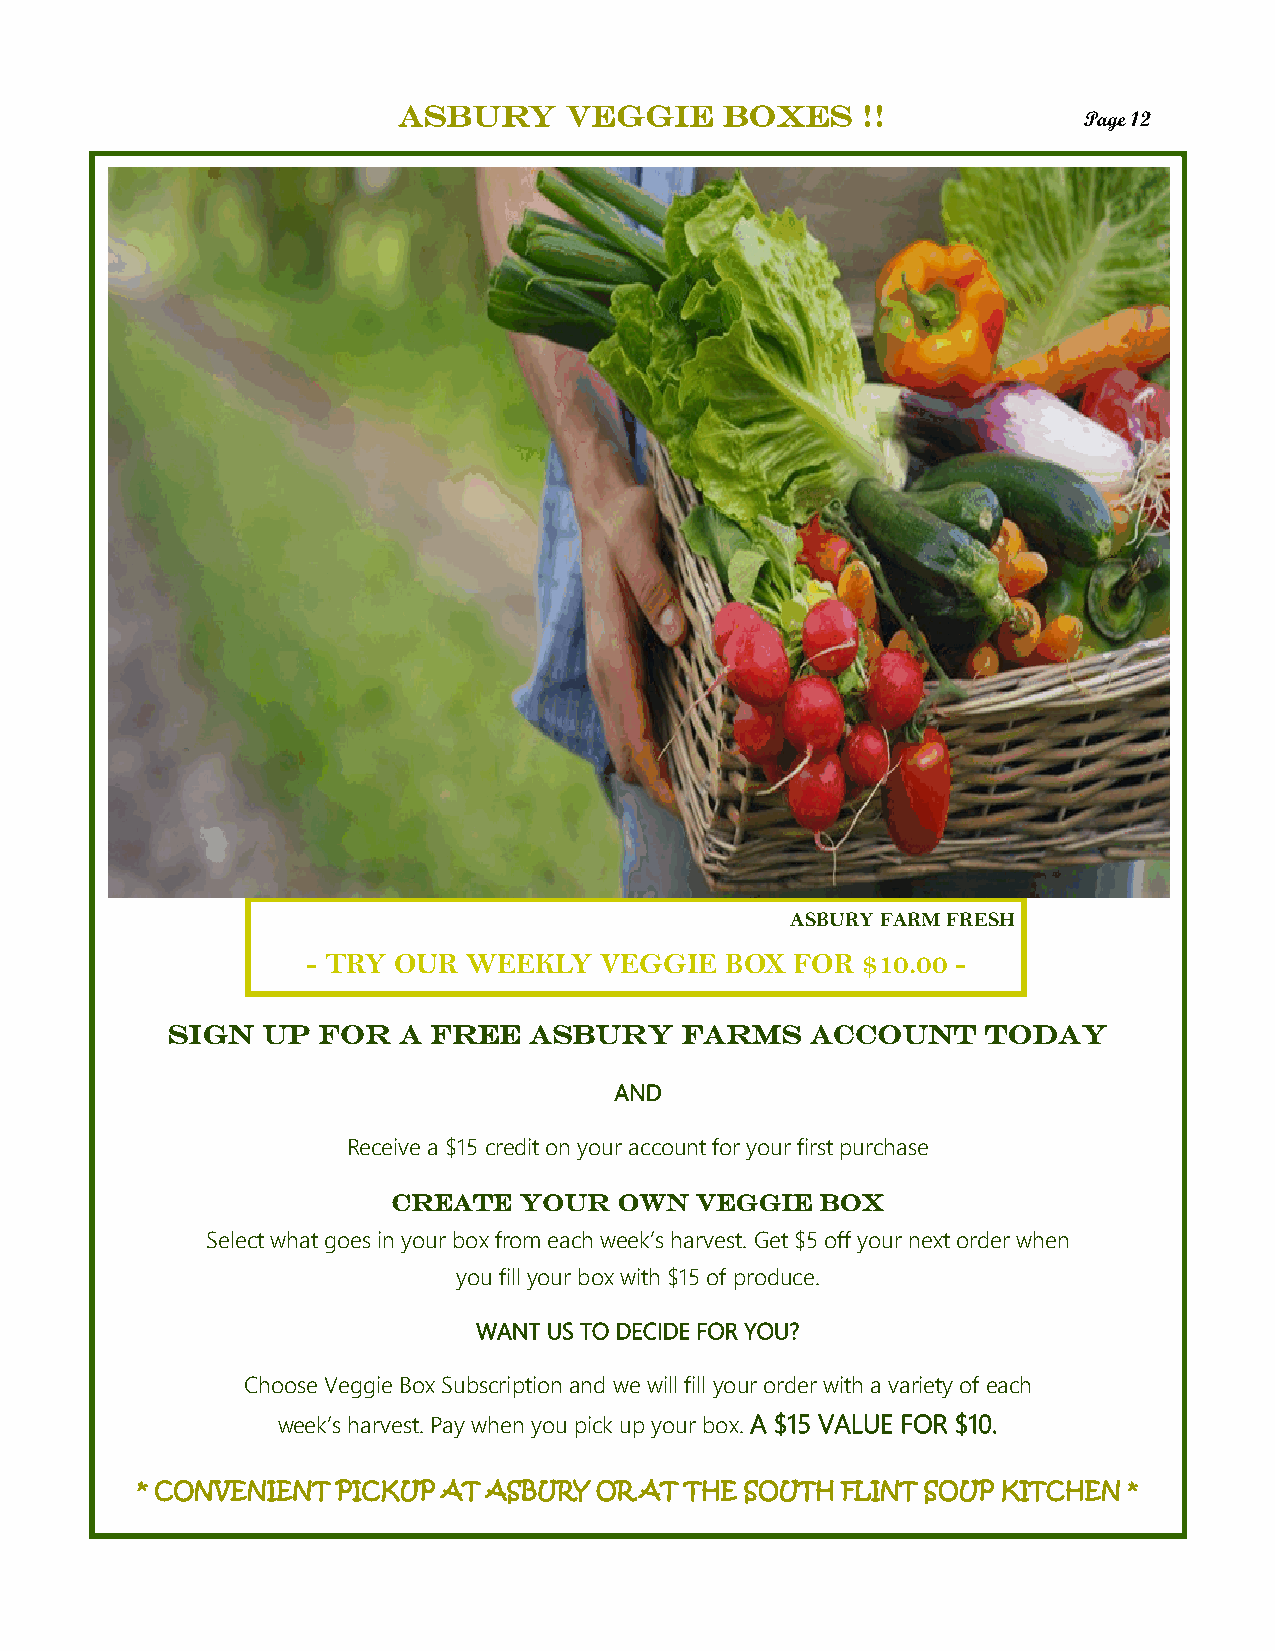
Asbury     Veggie     Boxes    !!
 Page 12
 ASBURY FARM FRESH
 - TRY OUR  WEEKLY   VEGGIE  BOX  FOR $10.00 -
 SIGN  UP  FOR  A FREE   ASBURY    FARMS    ACCOUNT    TODAY
 AND
 Receive a $15 credit on your account for your first purchase
 CREATE  YOUR   OWN  VEGGIE  BOX
 Select what goes in your box from each week’s harvest. Get $5 off your next order when
 you fill your box with $15 of produce.
 WANT US TO DECIDE FOR YOU?
 Choose Veggie Box Subscription and we will fill your order with a variety of each
 week’s harvest. Pay when you pick up your box. A $15 VALUE FOR $10.
 * CONVENIENT PICKUP AT ASBURY OR AT THE SOUTH  FLINT SOUP KITCHEN *